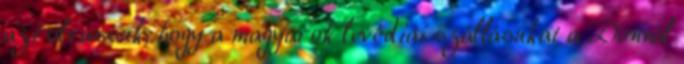
azt olvassuk, hogy a magyarok levédiai szállásukat a Donnál